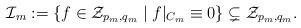
LaTeX: \begin{align*}\mathcal{I}_m := \{ f \in \mathcal{Z}_{p_m,q_m} \mid f|_{C_m} \equiv 0 \} \subsetneq \mathcal{Z}_{p_m,q_m}. \end{align*}